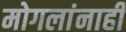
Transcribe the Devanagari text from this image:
मोगलांनाही